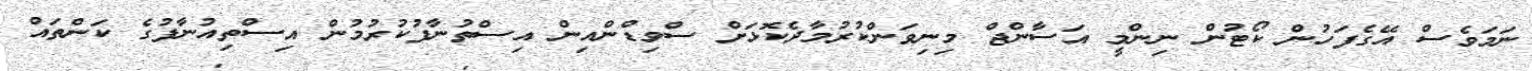
ނަމަވެސް އޭގެފަހުން ކޯޓުން ނިންމީ އަސާންޖް މިނިވަންކުރުމާދެކޮޅަށް ސްވިޑްންއިން އިސްތުނާފުކުރުމުން އިސްތިއުނާފުގެ ކަންތައް